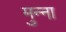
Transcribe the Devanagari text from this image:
मुन्‍ना